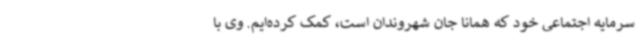
سرمایه اجتماعی خود که همانا جان شهروندان است، کمک کرده‌ایم. وی با